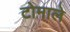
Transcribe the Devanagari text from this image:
टोमाले